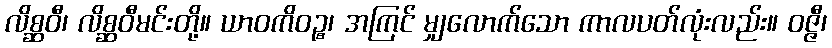
လိစ္ဆဝီ၊ လိစ္ဆဝီမင်းတို့။ ယာဝကိဝဉ္စ၊ အကြင် မျှလောက်သော ကာလပတ်လုံးလည်း။ ဝဇ္ဇီ၊